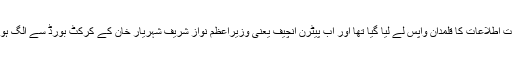
واضح رہے کہ پرویز رشید سے اکتوبر 2016ءمیں ڈان لیکس تنازعہ کی وجہ سے وزارت اطلاعات کا قلمدان واپس لے لیا گیا تھا اور اب پیٹرن انچیف یعنی وزیراعظم نواز شریف شہریار خان کے کرکٹ بورڈ سے الگ ہونے کے بعد اپنے بااعتماد ساتھی پرویز رشید کو اس عہدے پر دیکھنے کے خواہشمند ہیں۔